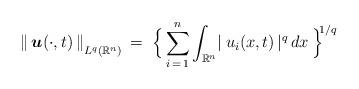
LaTeX: \begin{align*}\|\, \mbox{\boldmath $u$}(\cdot,t) \,\|_{\mbox{}_{\scriptstyle L^{q}(\mathbb{R}^{n})}}\;\!=\;\Bigl\{\,\sum_{i\,=\,1}^{n} \int_{\mathbb{R}^{n}} \!|\:u_{i}(x,t)\,|^{q} \,dx\,\Bigr\}^{\!\!\:\!1/q}\end{align*}